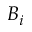
B _ { i }